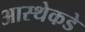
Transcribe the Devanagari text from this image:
आस्थेकडे